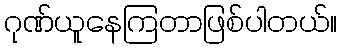
ဂုဏ်ယူနေကြတာဖြစ်ပါတယ်။